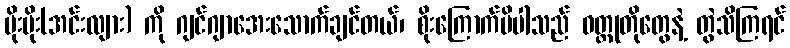
မိုးမိုး(အင်းလျား) ကို ဂျင်ဂျာအေးသောက်ချင်တယ်၊ စိုးကြောက်မိပါသည် ဝတ္ထုတိုတွေနဲ့ တွဲသိကြရင်